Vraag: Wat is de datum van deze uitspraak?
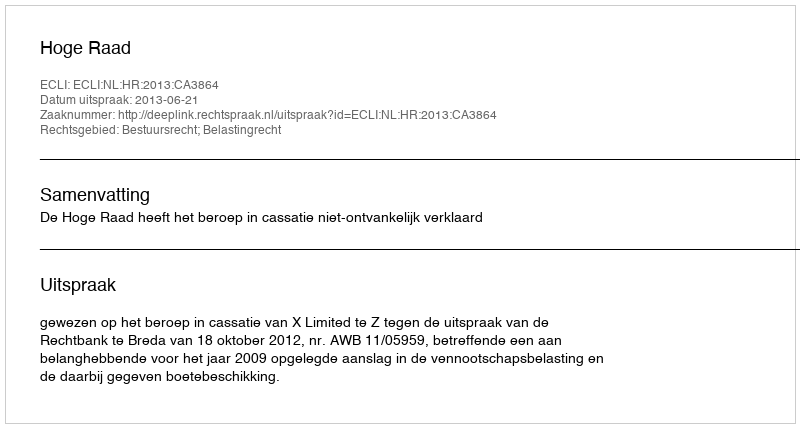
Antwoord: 2013-06-21